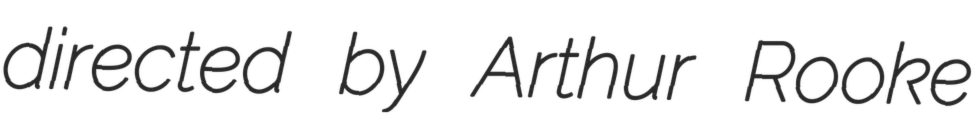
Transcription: directed by Arthur Rooke